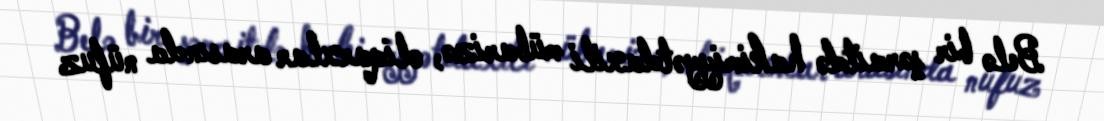
Belə bir şəraitdə hakimiyyətdaxili mübarizə, oliqarxlar arasında nüfuz